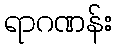
ရာဂဏန်း